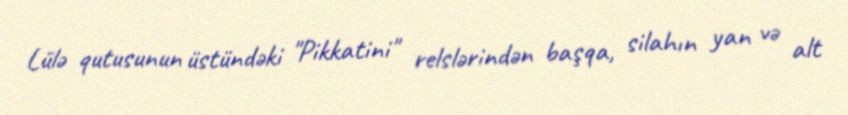
Lülə qutusunun üstündəki "Pikkatini" relslərindən başqa, silahın yan və alt